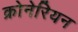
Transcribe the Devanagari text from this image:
क्रोनेरियन